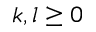
k , l \ge 0